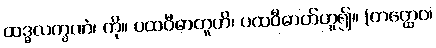
ထဒ္ဓလက္ခဏံ၊ ကို။ ပထဝီဓာတူတိ၊ ပထဝီဓာတ်ဟူ၍။ (တတ္ထေဝ၊